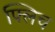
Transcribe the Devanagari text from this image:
फ्लिच